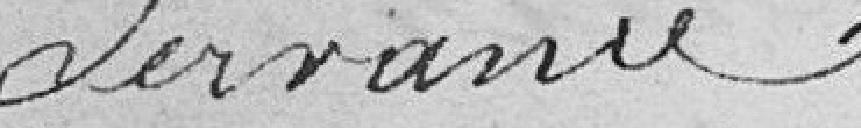
Servance